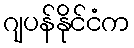
ဂျပန်နိုင်ငံက